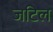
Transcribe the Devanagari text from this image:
जटिल